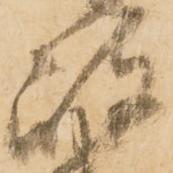
岐